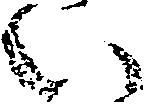
い